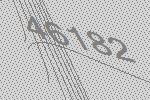
46182